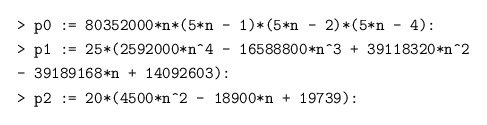
\begin{align*}&\texttt{> p0 := 80352000*n*(5*n - 1)*(5*n - 2)*(5*n - 4):}\\&\texttt{> p1 := 25*(2592000*n\^{}4 - 16588800*n\^{}3 + 39118320*n\^{}2 }\\ & \texttt{- 39189168*n + 14092603):}\\&\texttt{> p2 := 20*(4500*n\^{}2 - 18900*n + 19739):}\end{align*}